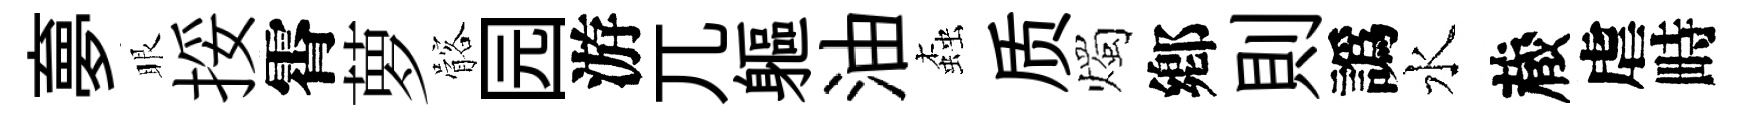
夣眼挼霄萝髂园游兀軀油螙质燭鄕則譌水蔵虐畤